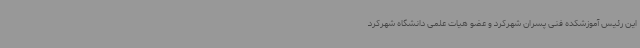
این رئیس آموزشکده فنی پسران شهرکرد و عضو هیات علمی دانشگاه شهرکرد